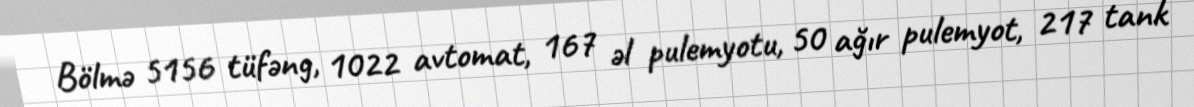
Bölmə 5156 tüfəng, 1022 avtomat, 167 əl pulemyotu, 50 ağır pulemyot, 217 tank